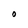
Character: O